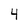
Character: 4